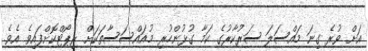
އަށް ވުރެ ގިނަ މައްސަލަ ސަރުކާރުގެ ކަމާ ގުޅުންހުރި މުއައްސަސާތަކަށް ރިޕޯޓްކޮށްފައިވެ އެެވެ.